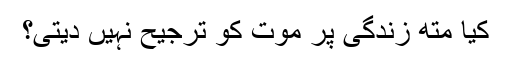
کیا متھ زندگی پر موت کو ترجیح نہیں دیتی؟